Leaving Certificate Examination, 1923
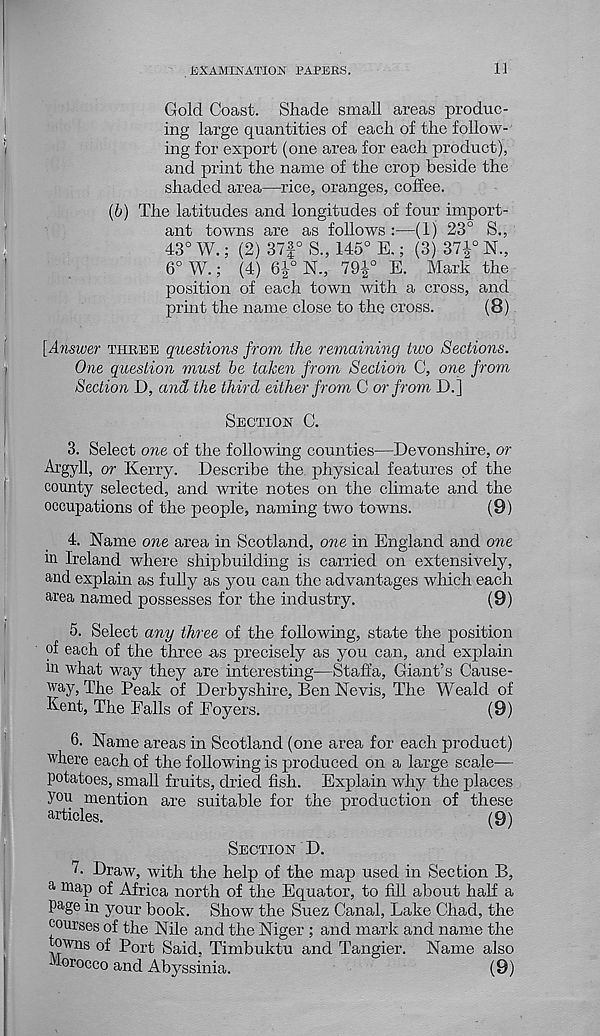
EXAMINATION TAPERS.
11
Gold Coast. Shade small areas produc-
ing large quantities of each of the follow-
ing for export (one area for each product),
and print the name of the crop beside the
shaded area—rice, oranges, coffee.
(b) The latitudes and longitudes of four import-
ant towns are as follows :—(1) 23° S.,
43° W.; (2) 37J° S., 145° E.; (3) 371° N.,
6° W.; (4) 6i° N., 791° E. Mark the
position of each town with a cross, and
print the name close to the cross.
(8)
[Answer THREE questions from the remaining tioo Sections.
One question must be taken from Section C, one from
Section D, and the third either from C or from D.]
SECTION C.
3. Select one of the following counties—Devonshire, or
Argyll, or Kerry. Describe the physical features of the
county selected, and write notes on the climate and the
occupations of the people, naming two towns.
(9)
4. Name one area in Scotland, one in England and one
in Ireland where shipbuilding is carried on extensively,
and explain as fully as you can the advantages which each
area named possesses for the industry.
(9)
5. Select any three of the following, state the position
of each of the three as precisely as you can, and explain
in what way they are interesting—Staffa, Giant’s Cause-
way, The Peak of Derbyshire, Ben Nevis, The Weald of
Kent, The Falls of Foyers.
(9)
6. Name areas in Scotland (one area for each product)
where each of the following is produced on a large scale—
potatoes, small fruits, dried fish. Explain why the places
you mention are suitable for the production of these
articles.
(9)
SECTION D.
7. Draw, with the help of the map used in Section B,
a map of Africa north of the Equator, to fill about half a
Page in your book. Show the Suez Canal, Lake Chad, the
courses of the Nile and the Niger ; and mark and name the
towns of Port Said, Timbuktu and Tangier. Name also
-lorocco and Abyssinia.
(9)